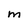
Character: M